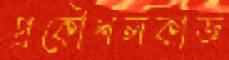
প্রকৌশলকাজ